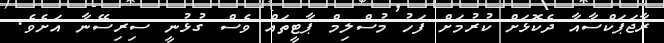
ރާޖަޕަކްސާއާ ދެކޮޅަށް ކުރުމަށް ފަހު މުސްލިމް ޕާޓީތައް ވެސް ގުޅުނީ ސިރިސޭނާ އަށެވެ.